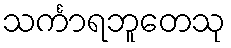
သင်္ကာရဘူတေသု